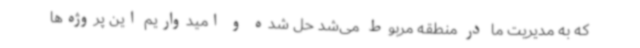
که به مدیریت ما در منطقه مربوط می‌شد حل شده و امیدواریم این پروژه‌ها